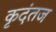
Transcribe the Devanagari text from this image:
कृदंतज